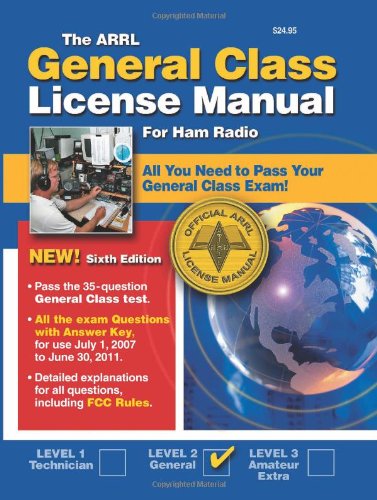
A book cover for The ARRL General Class License Manual for Ham Radio, Level 2; American Radio Relay Legaue; Humor & Entertainment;